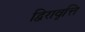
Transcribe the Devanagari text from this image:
द्विरावृत्ति